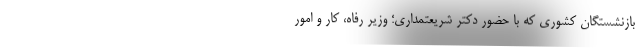
بازنشستگان کشوری که با حضور دکتر شریعتمداری؛ وزیر رفاه، کار و امور